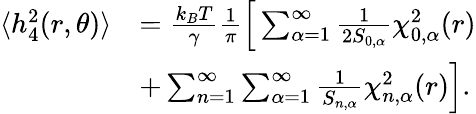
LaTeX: \begin{array}{rl}{\langle h_{4}^{2}(r,\theta)\rangle}&{=\frac{k_{B}T}{\gamma}\frac{1}{\pi}\Big[\sum_{\alpha=1}^{\infty}\frac{1}{2S_{0,\alpha}}\chi_{0,\alpha}^{2}(r)}\\ &{+\sum_{n=1}^{\infty}\sum_{\alpha=1}^{\infty}\frac{1}{S_{n,\alpha}}\chi_{n,\alpha}^{2}(r)\Big].}\end{array}